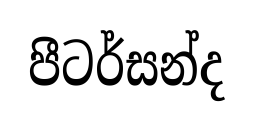
පීටර්සන්ද